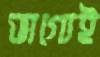
ভাগ্যেই